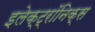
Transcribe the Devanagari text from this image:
इलेक्ट्रॉनिक्स